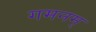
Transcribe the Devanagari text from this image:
गमनम्